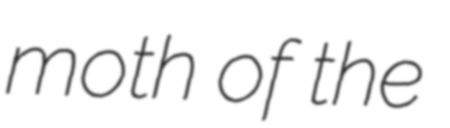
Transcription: moth of the